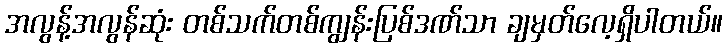
အလွန့်အလွန်ဆုံး တစ်သက်တစ်ကျွန်းပြစ်ဒဏ်သာ ချမှတ်လေ့ရှိပါတယ်။